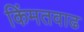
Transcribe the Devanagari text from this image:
किंमतवाढ